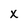
Character: X